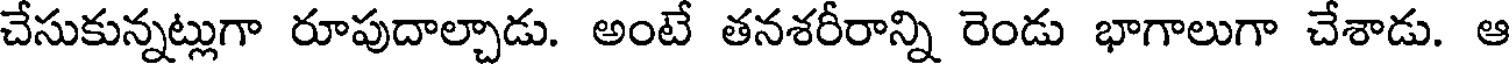
చేసుకున్నట్లుగా రూపుదాల్చాడు. అంటే తనశరీరాన్ని రెండు భాగాలుగా చేశాడు. ఆ